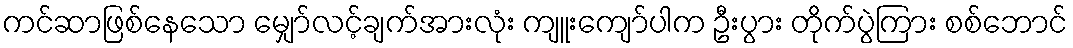
ကင်ဆာဖြစ်နေသော မျှော်လင့်ချက်အားလုံး ကျူးကျော်ပါက ဦးပွား တိုက်ပွဲကြား စစ်ဘောင်